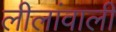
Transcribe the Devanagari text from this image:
लीलांवाली